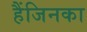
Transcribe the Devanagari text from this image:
हैंजिनका